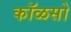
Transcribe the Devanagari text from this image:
कॉळसो